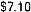
$7.10